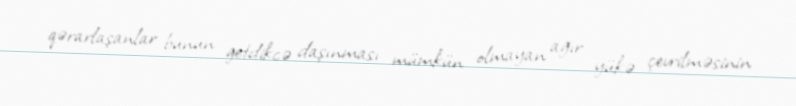
qərarlaşanlar bunun getdikcə daşınması mümkün olmayan ağır yükə çevrilməsinin